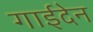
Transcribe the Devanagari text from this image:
गाईदेन